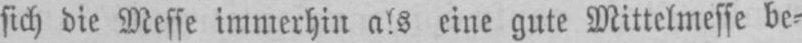
sich die Messe immerhin als eine gute Mittelmesse be⸗